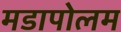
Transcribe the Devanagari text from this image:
मडापोलम